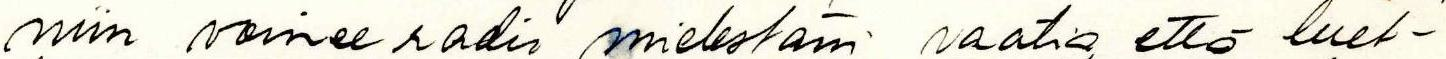
niin voinee radio mielestäni vaatia että luet-